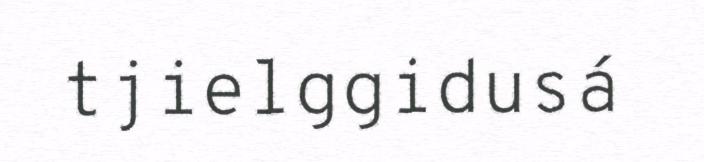
tjielggidusá